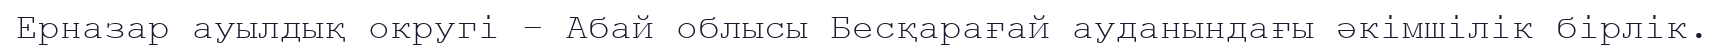
Ерназар ауылдық округі – Абай облысы Бесқарағай ауданындағы әкімшілік бірлік.